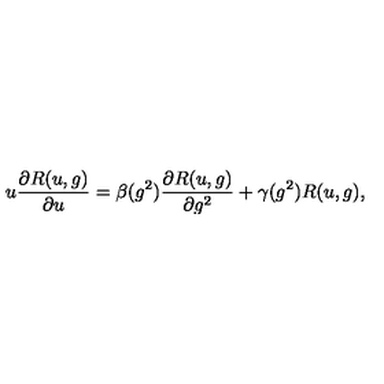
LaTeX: u \frac { \partial R ( u , g ) } { \partial u } = \beta ( g ^ { 2 } ) \frac { \partial R ( u , g ) } { \partial g ^ { 2 } } + \gamma ( g ^ { 2 } ) R ( u , g ) ,